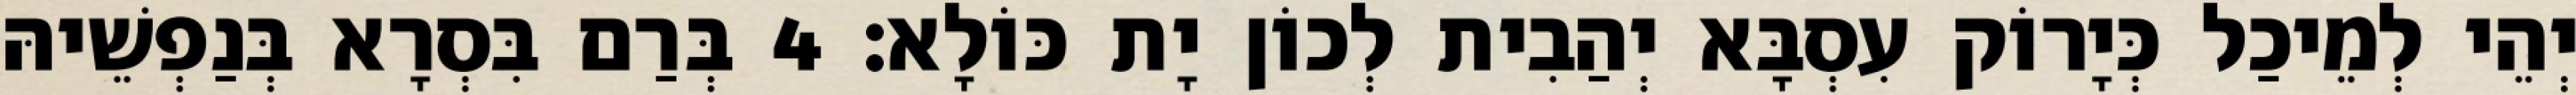
יְהֵי לְמֵיכַל כְּיָרוֹק עִסְבָּא יְהַבִית לְכוֹן יָת כּוֹלָא׃ 4 בְּרַם בִּסְרָא בְּנַפְשֵׁיהּ